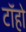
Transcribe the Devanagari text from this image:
टॉहो